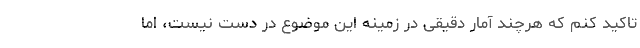
تاکید کنم که هرچند آمار دقیقی در زمینه این موضوع در دست نیست، اما